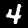
Digit: 4